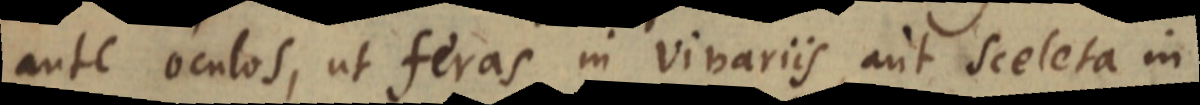
ante oculos, ut feras in vivariis, aut sceleta in